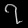
Digit: ၇